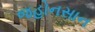
જહોનસાન